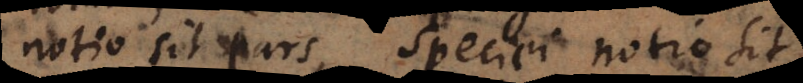
notio sit pars, speciei notio sit